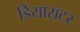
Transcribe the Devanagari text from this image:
डिसासटर